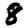
Digit: 8